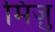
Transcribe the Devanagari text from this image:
मिज़ु